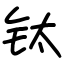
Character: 钛